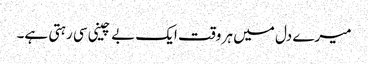
میرے دل میں ہر وقت ایک بے چینی سی رہتی ہے۔